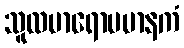
သူလမာရောပမာနကံ